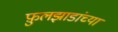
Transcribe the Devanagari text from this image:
फ़ुलझाडांच्या